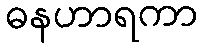
ဓနဟာရကာ